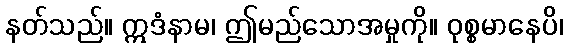
နတ်သည်။ ဣဒံနာမ၊ ဤမည်သောအမှုကို။ ဝုစ္စမာနေပိ၊